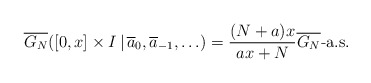
\begin{align*} \overline{G_N} ( [0, x] \times I \,|\,\overline{a}_0, \overline{a}_{-1}, \ldots )= \frac{(N+a)x}{ax + N} \overline{G_N} \mbox{-}\mathrm{a.s.}\end{align*}